Rangoon Lunatic Asylum 1893-1897 - 1893-1897
Year: 1893
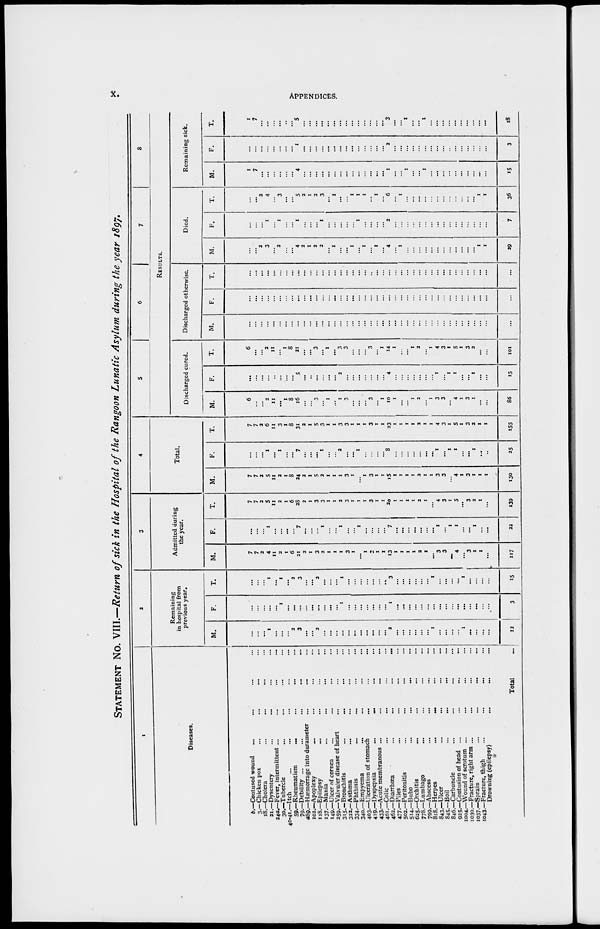
x.
APPENDICES.
STATEMENT No. VIII.—Return of sick in the Hospital of the Rangoon Lunatic Asylum during the year 1897.
1
Diseases.
b.—
3.—
18.—
21.—
24a.—
30.—
40-41.—
59.—
79.—
a89.—
102.—
118.—
137.—
149.—
259.—
315.—
322.—
334.—
340.—
403.—
419.—
433.—
461.—
462.—
477.—
502.—
514.—
625.—
778.—
799.—
818.—
843.—
845.—
846.—
925.—
1004.—
1030.—
1037.—
1043.—
Contused wound ... ... ... ...
Chicken pox ... ... ... ...
Cholera ... ... ... ...
Dysentery ... ... ... ...
Fever, intermittent ... ... ... ...
Tubercle ... ... ... ...
Itch ... ... ... ...
Rheumatism ... ... ... ...
Debility ... ... ... ... ...
Hæmorrage into durameter ... ... ...
Apoplexy ... ... ... ...
Epilepsy ... ... ... ...
Mania ... ... ... ...
Ulcer of cornea ... ... ... ...
Valvuler disease of heart ... ... ...
Bronchitis ... ... ... ...
Asthma ... ... ... ...
Phthisis ... ... ... ...
Empyema ... ... ... ...
Ulceration of stomach ... ... ...
Dyspepsia ... ... ... ...
Acute membranous ... ... ... ...
Colic ... ... ... ...
Diarrhœa
...
...
...
...
Piles ... ... ... ...
Peritonitis ... ... ... ...
Bubo ... ... ... ...
Orchitis ... ... ... ...
Lumbago ... ... ... ...
Abscess ... ... ... ...
Herpes
...
... ... ...
Ulcer ... ... ... ...
Boil ... ... ... ...
Carbuncle ... ... ... ...
Contusion of head ... ... ...
Wound of scrotum ... ... ...
Fracture, right arm ... ... ...
Sprain ... ... ... ...
Fracture, thigh ... ... ... ...
Drowning (epilepsy) ... ... ...
Total ...
2
Remaining
in hospital from
previous year.
M.
...
...
...
1
...
...
...
2
3
...
...
2
...
...
...
...
...
...
...
...
...
...
...
2
...
...
...
...
...
...
1
...
...
...
...
1
...
...
...
...
12
F.
...
...
...
...
...
1
...
...
...
...
...
...
...
...
...
1
...
...
...
...
...
...
...
1
...
...
...
...
...
...
...
...
...
...
...
...
...
...
...
...
3
T.
...
...
...
1
...
1
...
2
3
...
...
2
...
...
...
1
...
...
...
...
...
...
...
3
...
...
...
...
...
...
1
...
...
...
...
1
...
...
...
...
15
3
Admitted during
the year.
M.
7
7
2
4
11
2
1
6
21
2
1
3
2
1
1
1
3
1
...
1
3
1
1
13
1
1
1
1
2
1
...
3
3
...
4
...
3
1
1
...
117
F.
...
...
...
1
...
...
...
...
7
...
...
...
1
...
...
1
...
...
1
...
...
...
...
7
...
...
...
...
...
...
...
1
...
1
1
...
...
1
...
...
22
T.
7
7
2
5
11
2
1
6
28
2
1
3
3
1
1
2
3
1
1
1
3
1
1
20
1
1
1
1
2
1
...
4
3
1
5
...
3
2
1
...
139
4
Total.
M.
7
7
2
5
11
2
1
8
24
2
1
5
2
1
1
1
3
1
...
1
3
1
1
15
1
1
1
1
2
1
1
3
3
...
4
1
3
1
1
1
130
F.
...
...
...
1
...
1
...
...
7
...
...
...
1
...
...
2
...
...
1
...
...
...
8
...
...
...
...
...
...
...
1
...
1
1
...
...
1
...
...
25
T.
7
7
2
6
11
3
1
8
31
2
1
5
3
1
1
3
3
1
1
1
3
1
1
23
1
1
1
1
2
1
1
4
3
1
5
1
3
2
1
1
155
5
6
7
8
RESULTS.
Discharged cured.
M.
6
...
...
2
11
...
1
8
16
...
...
3
...
1
...
1
3
...
...
...
3
...
1
10
1
...
...
1
2
...
1
3
3
...
4
1
3
1
...
...
86
F.
...
...
...
...
...
...
...
...
5
...
...
...
...
...
...
2
...
...
...
...
...
...
...
4
...
...
...
...
...
...
...
1
...
1
1
...
...
1
...
...
15
T.
6
...
...
2
11
...
1
8
21
...
...
3
...
1
...
3
3
...
...
...
3
...
1
14
1
...
...
1
2
...
1
4
3
1
5
1
3
2
...
...
101
Discharged otherwise.
M.
...
...
...
...
...
...
...
...
...
...
...
...
...
...
...
...
...
...
...
...
...
...
...
...
...
...
...
...
...
...
...
...
...
...
...
...
...
...
...
...
...
F.
...
...
...
...
...
...
...
...
...
...
...
...
...
...
...
...
...
...
...
...
...
...
...
...
...
...
...
...
...
...
...
...
...
...
...
...
...
...
...
...
...
T.
...
...
...
...
...
...
...
...
...
...
...
...
...
...
...
...
...
...
...
...
...
...
...
...
...
...
...
...
...
...
...
...
...
...
...
...
...
...
...
...
...
Died.
M.
...
...
2
3
...
2
...
...
4
2
1
2
2
...
1
...
...
1
...
1
...
1
...
4
...
1
...
...
...
...
...
...
...
...
...
...
...
...
1
1
29
F.
...
...
...
1
...
1
...
...
1
...
...
...
1
...
...
...
...
...
1
...
...
...
...
2
...
...
...
...
...
...
...
...
...
...
...
...
...
...
...
...
7
T.
...
...
2
4
...
3
...
...
5
2
1
2
3
...
1
...
...
1
1
1
...
1
...
6
...
1
...
...
...
...
...
...
...
...
...
...
...
...
1
1
36
Remaining sick.
M.
1
7
...
...
...
...
...
...
4
...
...
...
...
...
...
...
...
...
...
...
...
...
...
1
...
...
1
...
...
1
...
...
...
...
...
...
...
...
...
...
15
F.
...
...
...
...
...
...
...
...
1
...
...
...
...
...
...
...
...
...
...
...
...
...
...
2
...
...
...
...
...
...
...
...
...
..
...
...
...
...
...
...
3
T.
1
7
...
...
...
...
...
...
5
...
...
...
...
...
...
...
...
...
...
...
...
...
...
3
...
...
1
...
...
1
...
...
...
...
...
...
...
...
...
...
18